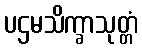
ပဌမသိက္ခာသုတ္တံ